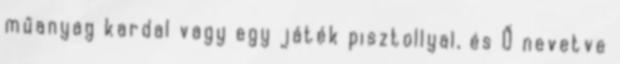
műanyag kardal vagy egy játék pisztollyal, és Ő nevetve